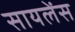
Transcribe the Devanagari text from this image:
सायलेंस